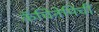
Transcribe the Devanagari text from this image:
कॅचिनेमिची